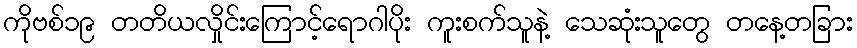
ကိုဗစ်၁၉ တတိယလှိုင်းကြောင့်ရောဂါပိုး ကူးစက်သူနဲ့ သေဆုံးသူတွေ တနေ့တခြား